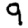
Digit: 9